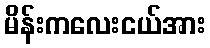
မိန်းကလေးငယ်အား